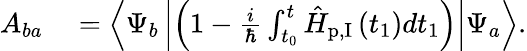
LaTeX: \begin{array}{rl}{A_{ba}}&{{}=\left\langle\Psi_{b}\left|\left(1-\frac{i}{\hbar}\int_{t_{0}}^{t}\hat{H}_{\textrm{p,I}}\left(t_{1}\right)dt_{1}\right)\right|\Psi_{a}\right\rangle.}\end{array}